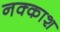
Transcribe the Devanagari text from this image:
नक्‍काश